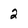
Character: 2